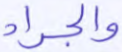
والجراد